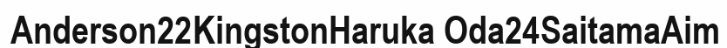
Anderson22KingstonHaruka Oda24SaitamaAim